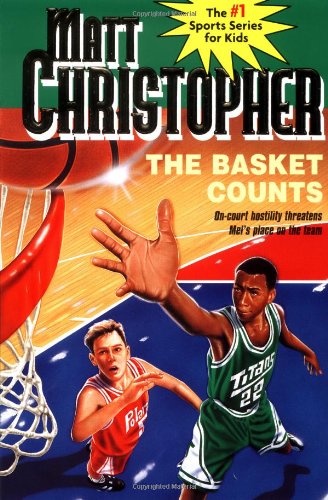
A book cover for The Basket Counts (Matt Christopher Sports Classics); Matt Christopher; Children's Books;